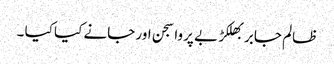
ظالم جابر بھلکڑ بے پروا سجن اور جانے کیا کیا ۔